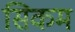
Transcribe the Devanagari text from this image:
सिकम